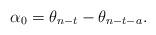
LaTeX: \begin{align*}\alpha_0=\theta_{n-t}-\theta_{n-t-a}.\end{align*}